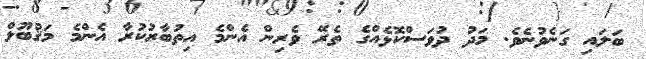
ބަލައި ގަނެވުނެވެ. މަދު ދުވަސްކޮޅެއްގެ ތެރޭ ވެރިން އެންމެ އިތުބާރުކުރާ އެންމެ މަޤުބޫލް